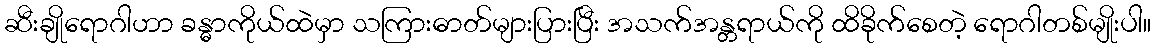
ဆီးချိုရောဂါဟာ ခန္ဓာကိုယ်ထဲမှာ သကြားဓာတ်များပြားပြီး အသက်အန္တရာယ်ကို ထိခိုက်စေတဲ့ ရောဂါတစ်မျိုးပါ။